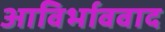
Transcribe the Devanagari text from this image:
आविर्भाववाद